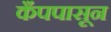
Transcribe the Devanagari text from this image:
कँपपासून